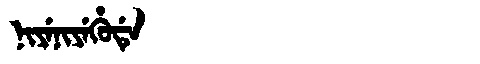
Manchu: ᠨᡳᠶᡝᠨᡳᠶᡝᡥᡠᡩᡝ
Romanization: NIYENIYEHUDE